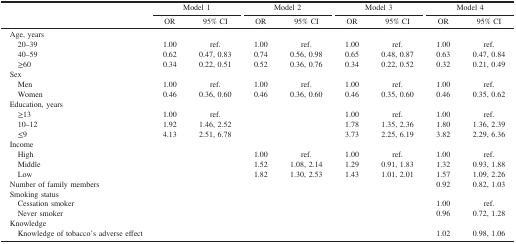
| <ROWSPAN=3>  | <COLSPAN=2> Model 1 | <COLSPAN=2> Model 2 | <COLSPAN=2> Model 3 | <COLSPAN=2> Model 4 |
 | OR | 95% CI | OR | 95% CI | OR | 95% CI | OR | 95% CI |
 | --- | --- | --- | --- | --- | --- | --- | --- | --- |
 | <COLSPAN=9> Age, years |
 | 20–39 | 1.00 | ref. | 1.00 | ref. | 1.00 | ref. | 1.00 | ref. |
 | 40–59 | 0.62 | 0.47, 0.83 | 0.74 | 0.56, 0.98 | 0.65 | 0.48, 0.87 | 0.63 | 0.47, 0.84 |
 | ≥60 | 0.34 | 0.22, 0.51 | 0.52 | 0.36, 0.76 | 0.34 | 0.22, 0.52 | 0.32 | 0.21, 0.49 |
 | <COLSPAN=9> Sex |
 | Men | 1.00 | ref. | 1.00 | ref. | 1.00 | ref. | 1.00 | ref. |
 | Women | 0.46 | 0.36, 0.60 | 0.46 | 0.36, 0.60 | 0.46 | 0.35, 0.60 | 0.46 | 0.35, 0.62 |
 | <COLSPAN=9> Education, years |
 | ≥13 | 1.00 | ref. |  |  | 1.00 | ref. | 1.00 | ref. |
 | 10–12 | 1.92 | 1.46, 2.52 |  |  | 1.78 | 1.35, 2.36 | 1.80 | 1.36, 2.39 |
 | ≤9 | 4.13 | 2.51, 6.78 |  |  | 3.73 | 2.25, 6.19 | 3.82 | 2.29, 6.36 |
 | <COLSPAN=9> Income |
 | High |  |  | 1.00 | ref. | 1.00 | ref. | 1.00 | ref. |
 | Middle |  |  | 1.52 | 1.08, 2.14 | 1.29 | 0.91, 1.83 | 1.32 | 0.93, 1.88 |
 | Low |  |  | 1.82 | 1.30, 2.53 | 1.43 | 1.01, 2.01 | 1.57 | 1.09, 2.26 |
 | <COLSPAN=7> Number of family members | 0.92 | 0.82, 1.03 |
 | <COLSPAN=9> Smoking status |
 | Cessation smoker |  |  |  |  |  |  | 1.00 | ref. |
 | Never smoker |  |  |  |  |  |  | 0.96 | 0.72, 1.28 |
 | <COLSPAN=9> Knowledge |
 | Knowledge of tobacco’s adverse effect |  |  |  |  |  |  | 1.02 | 0.98, 1.06 |